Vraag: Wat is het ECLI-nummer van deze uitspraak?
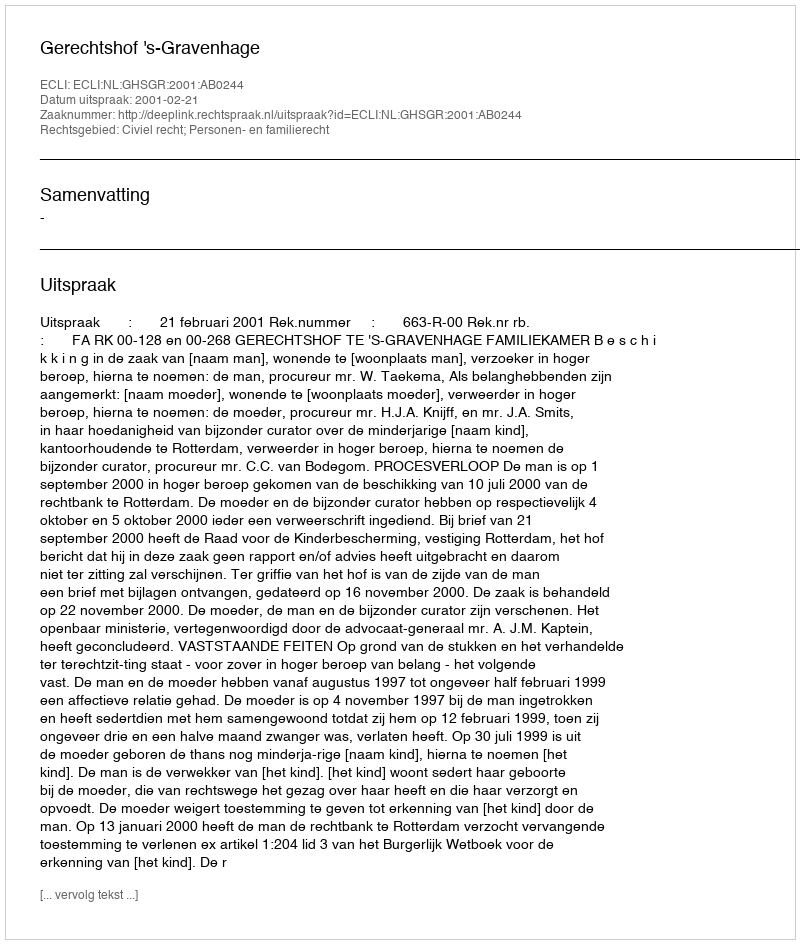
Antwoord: ECLI:NL:GHSGR:2001:AB0244